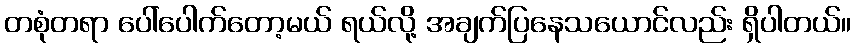
တစုံတရာ ပေါ်ပေါက်တော့မယ် ရယ်လို့ အချက်ပြနေသယောင်လည်း ရှိပါတယ်။